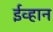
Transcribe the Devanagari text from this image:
ईव्हान